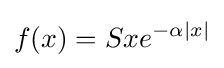
f(x)=Sxe^{-\alpha |x|}